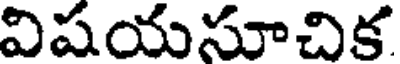
విషయసూచిక